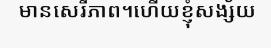
មានសេរីភាព។ហើយខ្ញុំសង្ស័យ